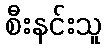
စီးနင်းသူ